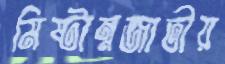
মিষ্টান্নজাতীয়